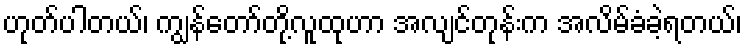
ဟုတ်ပါတယ်၊ ကျွန်တော်တို့လူထုဟာ အလျင်တုန်းက အလိမ်ခံခဲ့ရတယ်၊